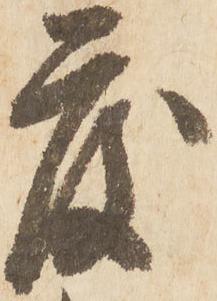
度